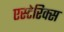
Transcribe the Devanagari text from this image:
एस्टेरिक्स